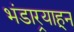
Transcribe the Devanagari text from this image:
भंडार्‍याहून